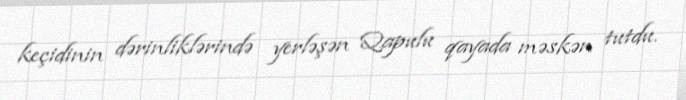
keçidinin dərinliklərində yerləşən Qapulu qayada məskən tutdu.